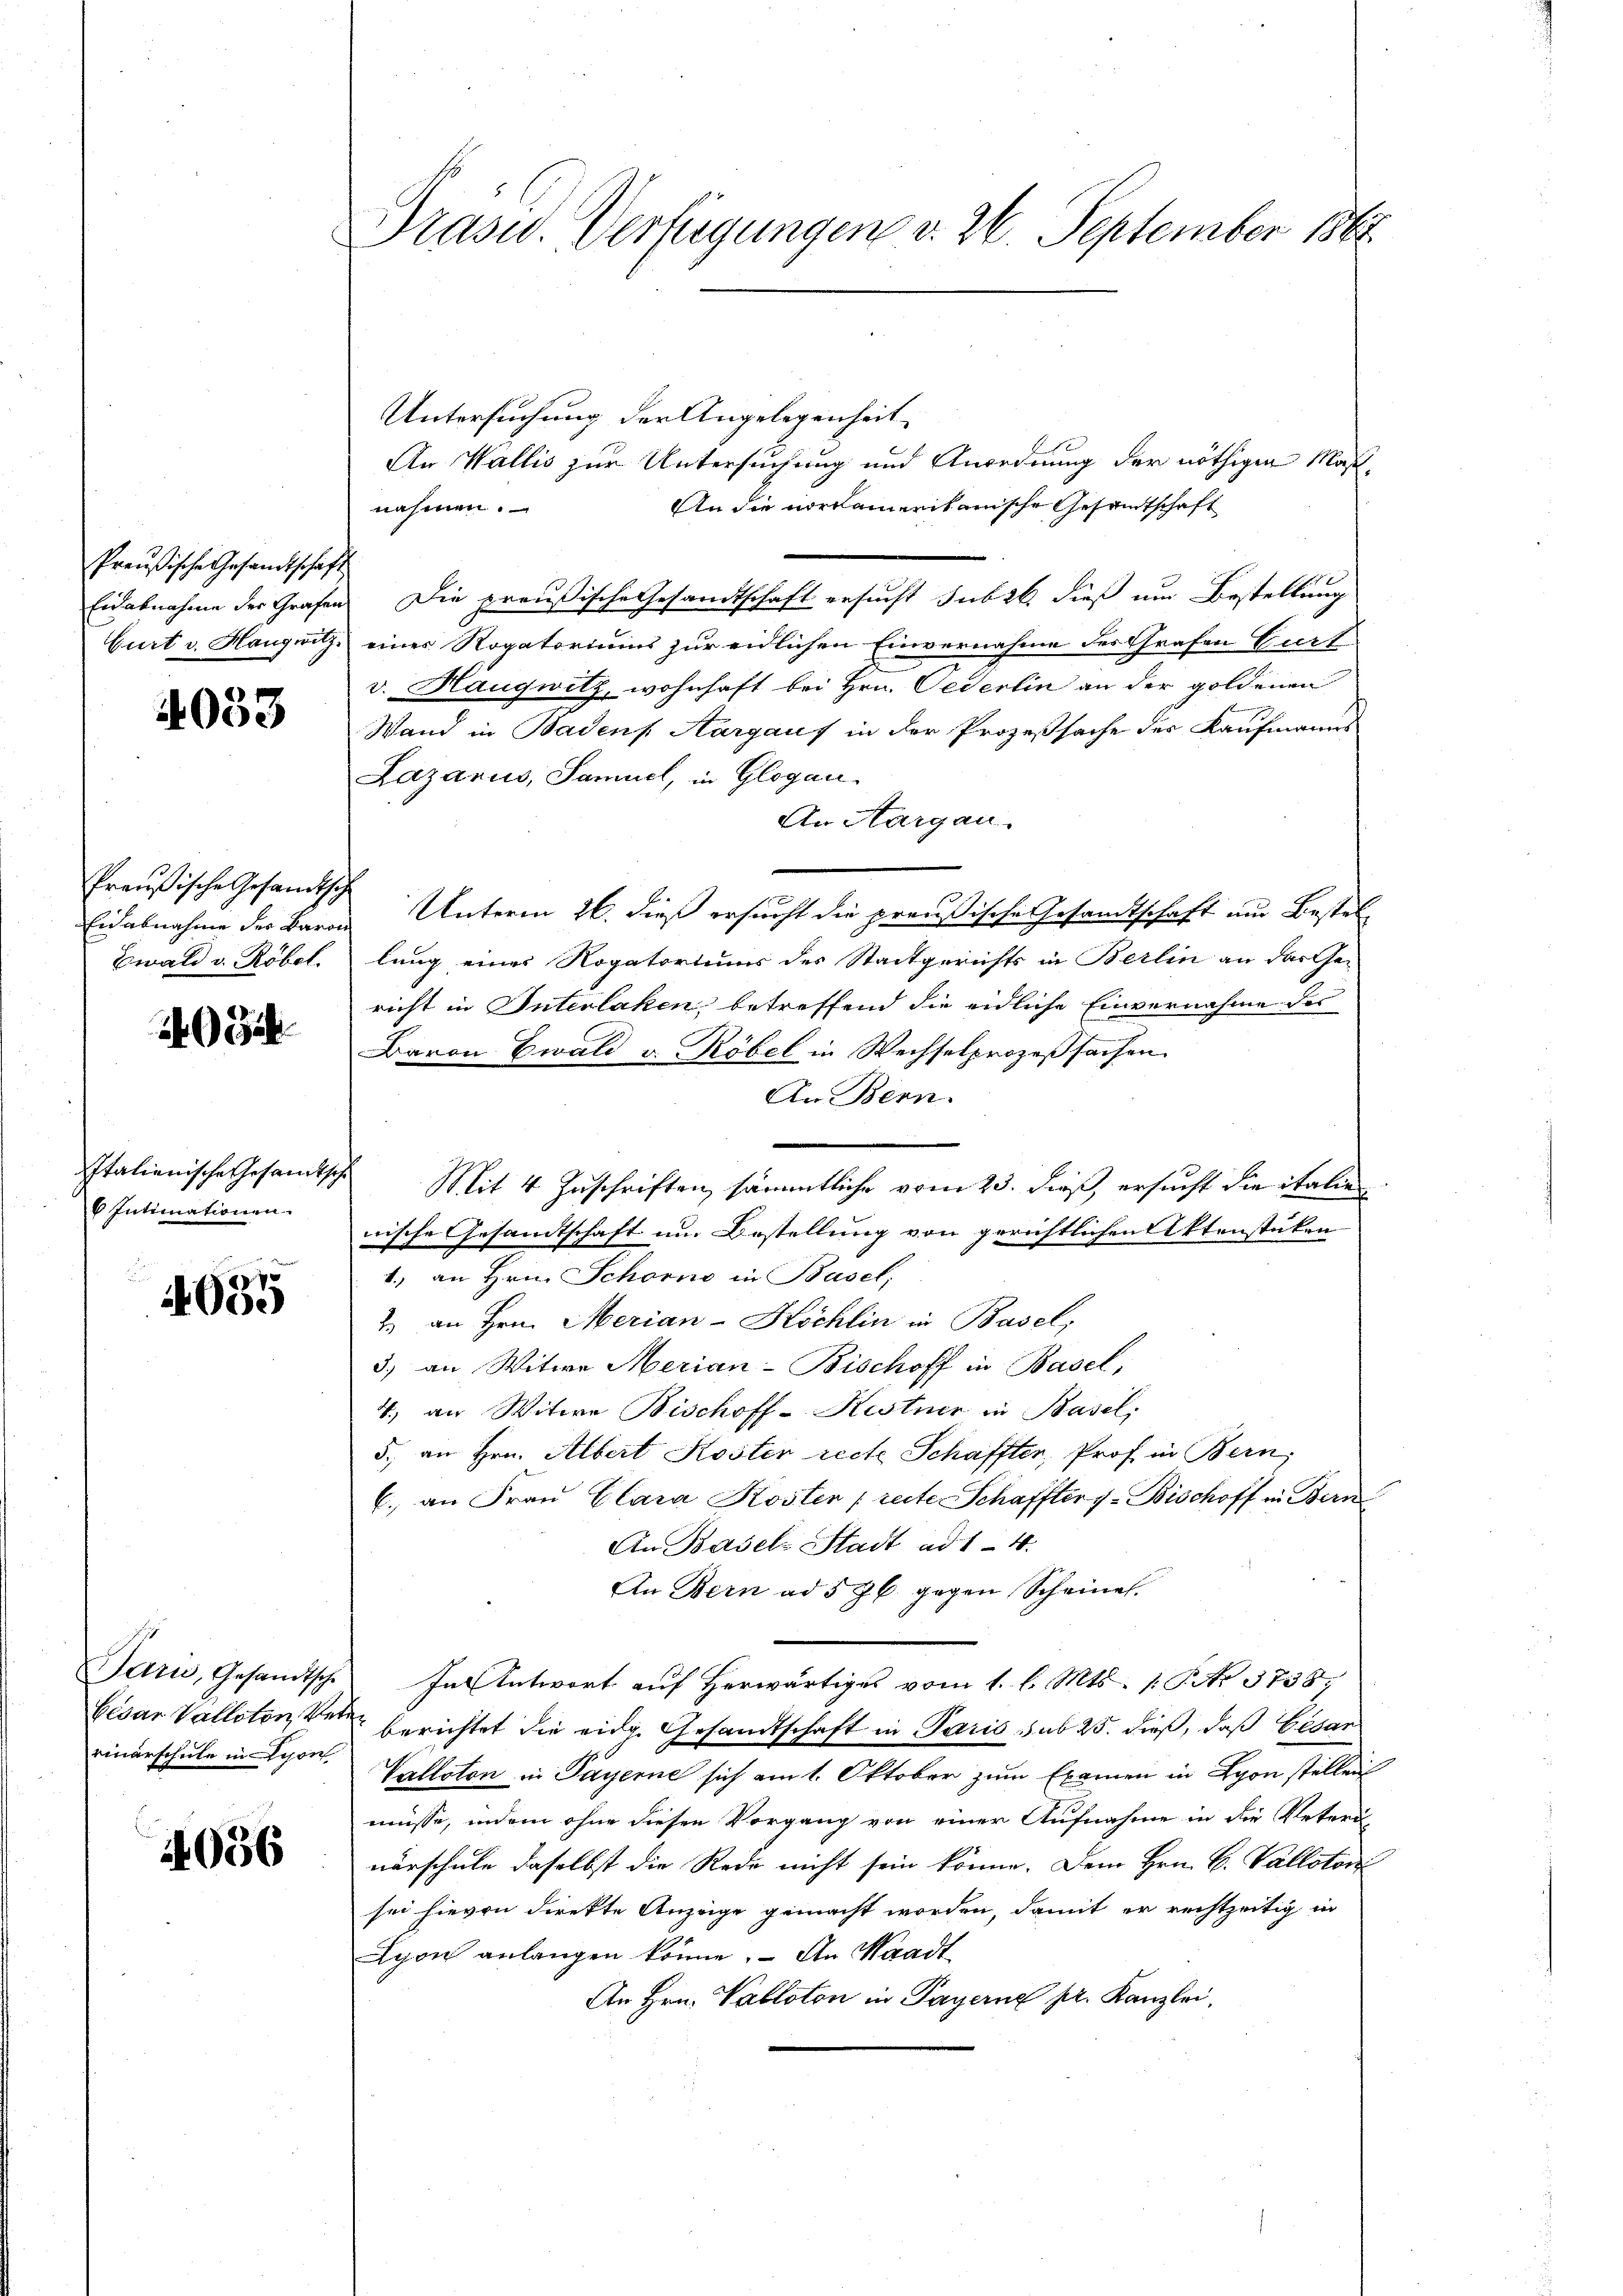
Preußische Gesandtschaft
Eidabnahme der Grafen
Gurt v. Haugwitz

4033

Preußische Gesandtsche
Einabnahme des Baron
Ewald v. Robel.

0

Italienische Gesandtsch
6 Intimationen

635

Paris, Gesandtsche
Cesar Valloton, Verrinarschule in von

4056

Präsid.. Verfügungen v. 26. September 1865.

Untersuchung der Angelegenheit
An Wallis zur Untersuchung und Anordnung der nöthigen Maß¬
An die vorkamerikanische Gesandtschaft
nahmen.
Die preußische Gesandtschaft ersucht sub 26. dieß um Bestellung
eines Rogatoriums zur eidlichen Einvernahme des Grafen Furt
v. Haugwitz, wohnhaft bei Hrn. Pederlin an der goldenen
Wand in Badens Aargaus in der Prozeßsache des Kaufmanns
Lazarus, Samuel, in Glogau
An Aargau.
Unterm 26. dieß ersucht die preußische Gesandtschaft um Bestel
lung eines Rogatoriuum des Stadtgerichts in Berlin an das Ge-
richt in Interlaken, betreffend die eidliche Einvernahme des
Baron Ewald v. Robel in Wechselprozeßsachen
An Bern.
Mit 4 Zuschriften sämmtliche vom 23. dieß, ersucht die italien
rische Gesandtschaft um Bestellung von gerichtlichen Aktenstüken
1.) an Hrn. Schorno in Basel,
2. an Hrn. Merian-Köchlin in Basel,
3.) an Witwe Merian-Bischoff in Basel,
4.) an Witwe Bischoff-Kistner in Basel,
5., an Hrn. Albert Koster recte Schaffter, Prof. in Bern,
6. an Frau Clara Kosten [recte Schaffter f. Bischoff in Bern
An Basel-Stadt ad 1-4.
An Bern ad 576 gegen Scheine.
In Antwort auf herwärtiges vom 1. l. Mts. 1 Po 3738,
berichtet die eidg. Gesandtschaft in Paris, sub 25. dieß, daß Gesan
Valloton in Payerne sich am 1. Oktober zum Examen in Lyon stellen
müsse, indem ohne diesen Vorgang von einer Aufnahme in die Veteri
närschule daselbst die Rede nicht sein könne. Dem Hrn. B. Vallotori
sei hievon direkte Anzeige gemacht worden, damit er rechtzeitig in
Lyon anlangen könne. - An Waadt
An Hrn. Valloton in Payerne pr. Kanzlei,